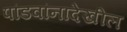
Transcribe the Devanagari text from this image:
पांडवांनादेखील